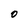
Character: O